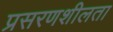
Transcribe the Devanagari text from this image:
प्रसरणशीलता